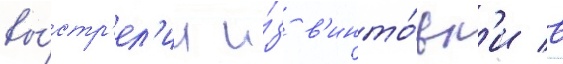
вы́стр'ел'ил и́з в'инто́вк'и в